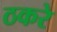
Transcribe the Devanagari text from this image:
ठकरे